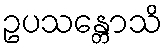
ဥပသန္တောသိ